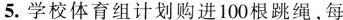
5.学校体育组计划购进100根跳绳，每